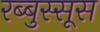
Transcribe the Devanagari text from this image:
रब्बुस्सूस